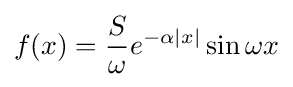
f(x)={\frac {S}{\omega }}e^{-\alpha |x|}\sin \omega x